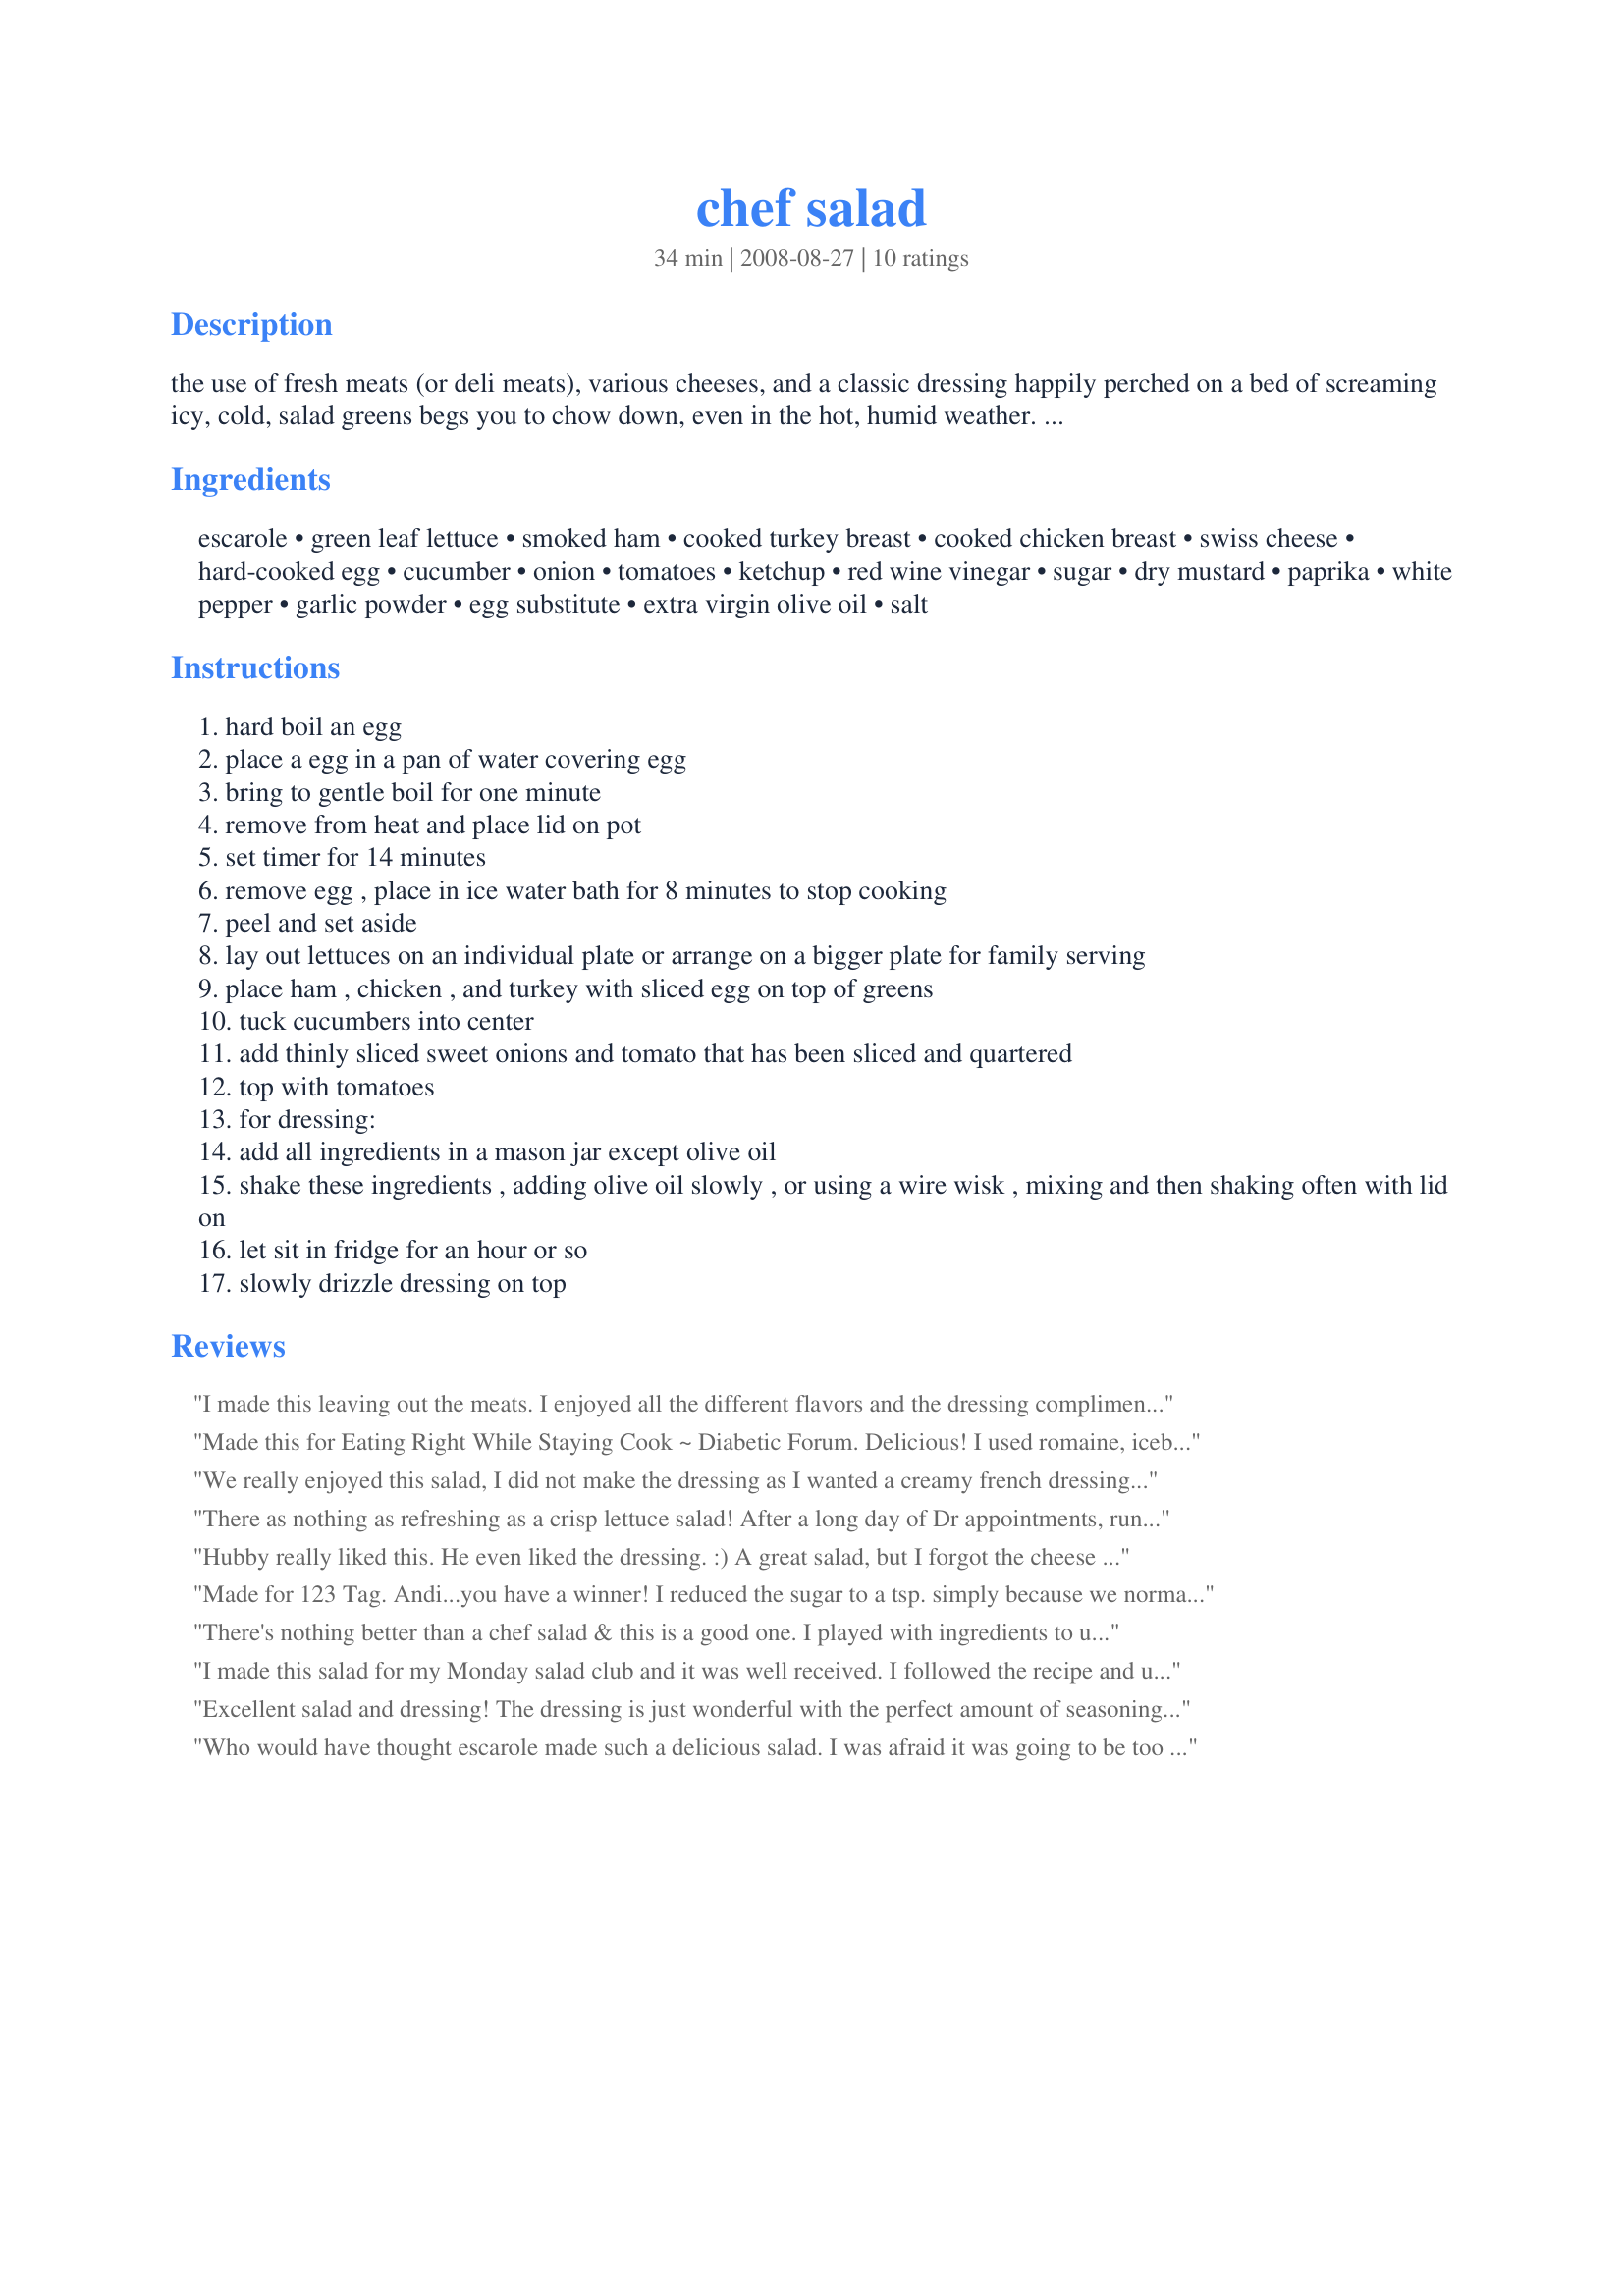
chef salad
Preparation time: 34 minutes

the use of fresh meats (or deli meats), various cheeses, and a classic dressing happily perched on a bed of screaming icy, cold, salad greens begs you to chow down, even in the hot, humid weather. add or subtract to the ingredients, (a must to make it your own) but most of all, make sure you purchase the freshest ingredients available. serve on very well chilled salad greens, (often i throw a couple of ice cubes on top of the cold lettuces) prior to serving this. punt off the cubes, wring out excess water, add toppings and drizzle dressing on. serve immediately. i have divided the dressing recipe to a seperate recipe, which; is found here. recipe #360477. sometimes, i just use a simple dressing of 1 part red wine vinegar, to 2 parts extra light olive oil. i have also included the dressing at the bottom of this page too. both are wonderful additions to a healthful salad. adapted from a chef at new york's ritz-carlton hotel and purported inventor of the dish.

Ingredients:
escarole, green leaf lettuce, smoked ham, cooked turkey breast, cooked chicken breast, swiss cheese, hard-cooked egg, cucumber, onion, tomatoes, ketchup, red wine vinegar, sugar, dry mustard, paprika, white pepper, garlic powder, egg substitute, extra virgin olive oil, salt

Steps:
hard boil an egg
place a egg in a pan of water covering egg
bring to gentle boil for one minute
remove from heat and place lid on pot
set timer for 14 minutes
remove egg , place in ice water bath for 8 minutes to stop cooking
peel and set aside
lay out lettuces on an individual plate or arrange on a bigger plate for family serving
place ham , chicken , and turkey with sliced egg on top of greens
tuck cucumbers into center
add thinly sliced sweet onions and tomato that has been sliced and quartered
top with tomatoes
for dressing:
add all ingredients in a mason jar except olive oil
shake these ingredients , adding olive oil slowly , or using a wire wisk , mixing and then shaking often with lid on
let sit in fridge for an hour or so
slowly drizzle dressing on top

Reviews:
I made this leaving out the meats. I enjoyed all the different flavors and the dressing complimented it well. Thanks! Made for Everyday is a Holiday tag.
Made this for Eating Right While Staying Cook ~ Diabetic Forum. Delicious! I used romaine, iceberg lettuce and some napa cabbage (to use up) along with the amounts you suggested. I followed the vegetable ingredients and added a couple of radishes and yellow peppers julienned and used a little swiss cheese, extra sharp cheese and some lean ham and chicken breasts diced up. The dressing was wonderful and I have enough left over for another salad. (I did use a little less oil then posted). Thank you for a great recipe!
We really enjoyed this salad, I did not make the dressing as I wanted a creamy french dressing...
There as nothing as refreshing as a crisp lettuce salad! After a long day of Dr appointments, running errands and taking care of everyone else, the last thing I wanted to do was be on my feet making dinner! Since I made the salad dressing earlier in the day, I was able to put the salad together in a matter of minutes!!! I used a left over grilled chicken breast and honey ham. Colby Jack cheese -- way more than in the recipe! Green onion tops, fresh sliced mushrooms and multiple other fresh veggies I found in the fridge! Thanks for making life a little easier tonight Andi!!! 
Made for Everyday IS a Holiday!
Hubby really liked this. He even liked the dressing. :) A great salad, but I forgot the cheese for the first half - he still ate it up. Thanks for posting Andy! Made for 123 Tag.
Made for 123 Tag.
Andi...you have a winner!
I reduced the sugar to a tsp. simply because we normally don't like dressings that are overly sweet;I figured I could add more if needed, I was bang on! YAY!
I also did'nt have any egg substitute...dunno what I'm missing because we loved it as is.
I used a mix of iceberg and romaine with quartered HB eggs ,cold chicken,lean cooked ham...and an assortment of extra veggies and some crumbled marble cheddar.
I also used fresh crushed garlic in place of the powdered...coz thats the way I roll...hehe.
Thanks for a super salad spectacular!
There's nothing better than a chef salad & this is a good one. I played with ingredients to use what was on hand, but tried to adhere to your amounts & style. I had escarole, frisse, red oak, and bibb lettuces so used a mixture as well as the remains of several meats.... grilled chicken, chopped ham, and real bacon bits. Then a nice mixture of crisp julienned veggies. This made large salads for dinner. I subbed splenda for the sugar in the dressing and found it a dressing that pleased both hubby and I. Thank you for sharing the recipe! :-)
I made this salad for my Monday salad club and it was well received. I followed the recipe and used the ingredients suggested. I have left over turkey breast, so that was nice and fresh. Thank you for sharig this recipe.
Excellent salad and dressing! The dressing is just wonderful with the perfect amount of seasonings and other ingredients. It goes well with this salad. I used smoked honey ham and smoked honey turkey, some leftover roasted chicken and Swiss cheese. I served this for dinner one night with some crusty Italian bread. Another winning recipe, Andi!
Who would have thought escarole made such a delicious salad. I was afraid it was going to be too bitter but it wasn't at all. Actually I now prefer it to romaine or green leaf lettuce. I didn't make the dressing since I don't like them sweet so I just used store bought bleu cheese. Thank you for introducing a new item to my food repertoire.
